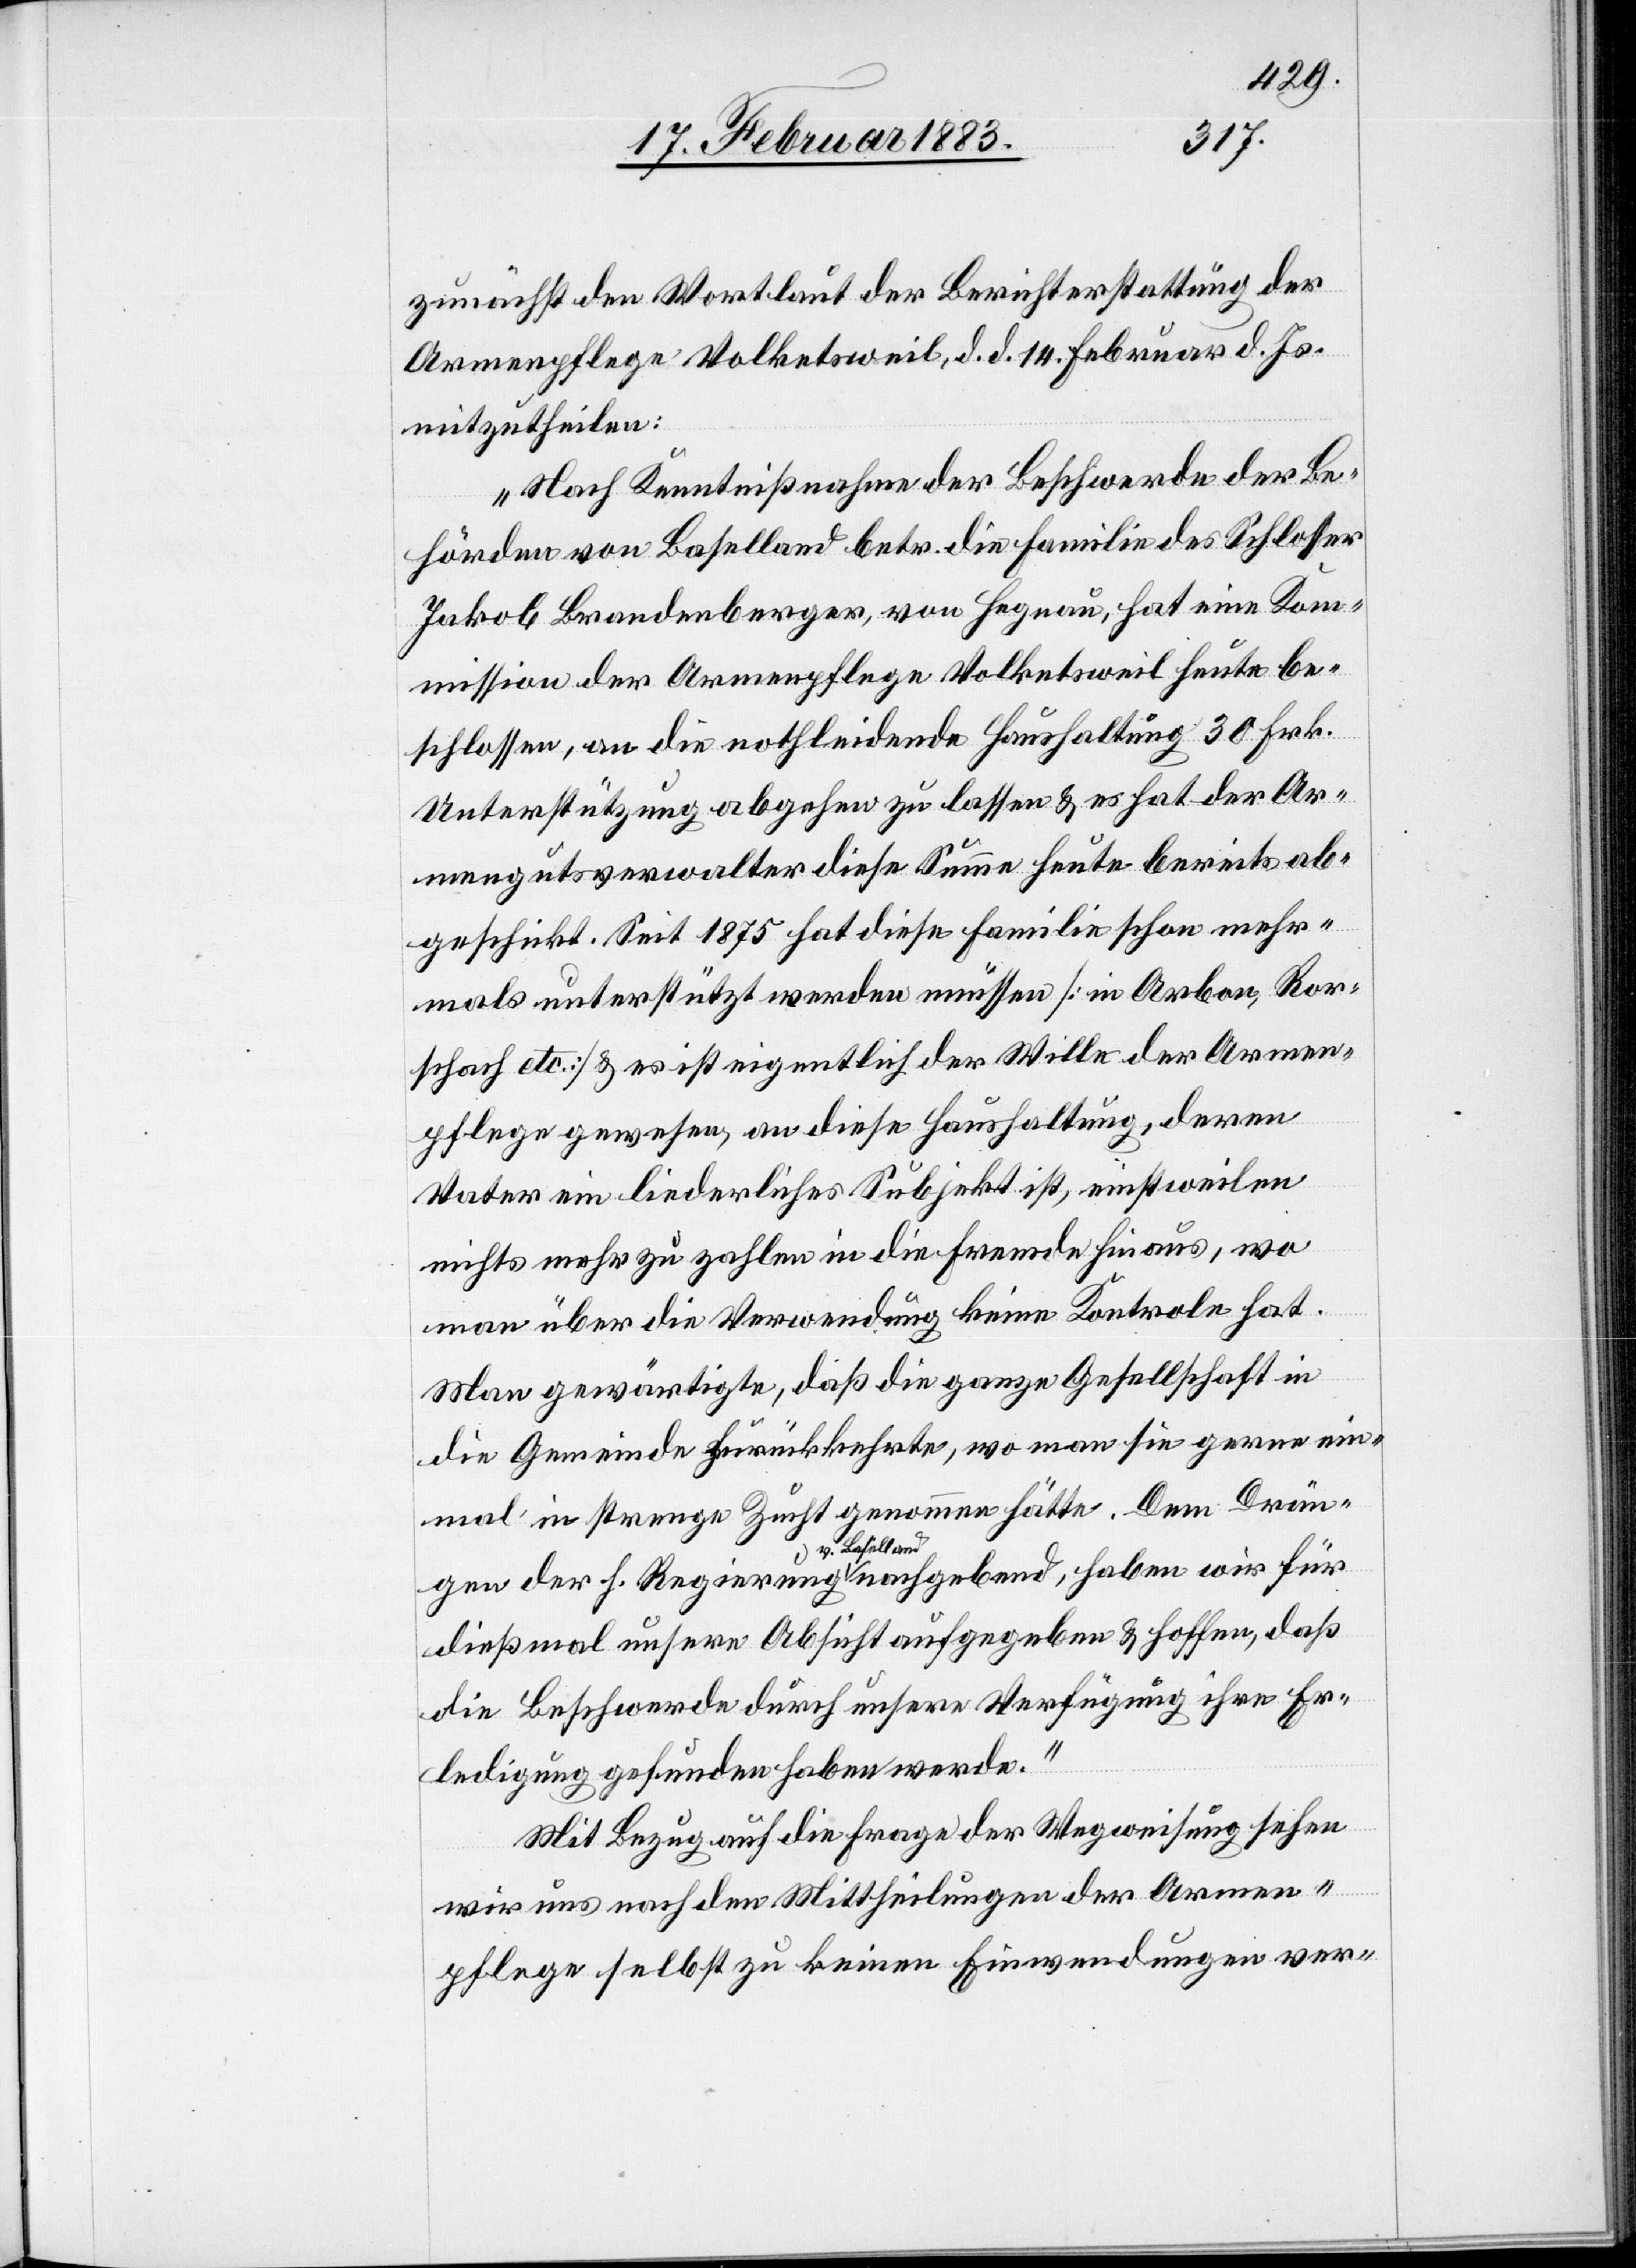
zunächst den Wortlaut der Berichterstattung der
Armenpflege Volketsweil, d. d. 14. Februar d. Js.
mitzutheilen:
Nach Kenntnißnahme der Beschwerde der Be¬
hörden von Baselland betr. die Familie des Schlosser
Jakob Brandenberger, von Hegnau, hat eine Kom¬
mission der Armenpflege Volketsweil heute be¬
schlossen, an die nothleidende Haushaltung 30 Frk.
Unterstützung abgehen zu lassen & es hat der Ar¬
mengutsverwalter diese Summe heute bereits ab¬
geschickt. Seit 1875 hat diese Familie schon mehr¬
mals unterstützt werden müssen [in Arbon, Ror¬
schach etc.] & es ist eigentlich der Wille der Armen¬
pflege gewesen, an diese Haushaltung, deren
Vater ein liederliches Subjekt ist, einstweilen
nichts mehr zu zahlen in die Fremde hinaus, wo
man über die Verwendung keine Kontrole hat.
Man gewärtigte, daß die ganze Gesellschaft in
die Gemeinde zurückkehrte, wo man sie gerne ein¬
mal in strenge Zucht genommen hätte. Dem Drän¬
gen der h. Regierung v. Baselland nachgebend, haben wir für
dießmal unsere Absicht aufgegeben & hoffen, daß
die Beschwerde durch unsere Verfügung ihre Er¬
ledigung gefunden haben werde.“
Mit Bezug auf die Frage der Wegweisung sehen
wir uns nach den Mittheilungen der Armen¬
pflege selbst zu keinen Einwendungen ver-